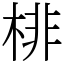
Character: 棑